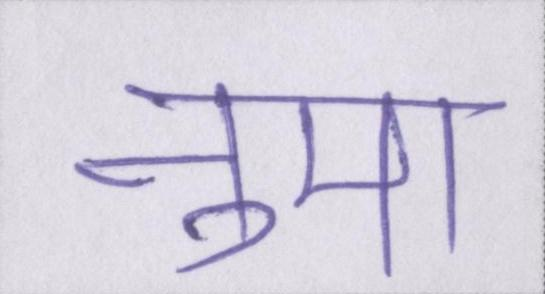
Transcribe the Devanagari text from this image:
नुमा